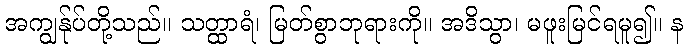
အကျွန်ုပ်တို့သည်။ သတ္ထာရံ၊ မြတ်စွာဘုရားကို။ အဒိသွာ၊ မဖူးမြင်ရမူ၍။ န